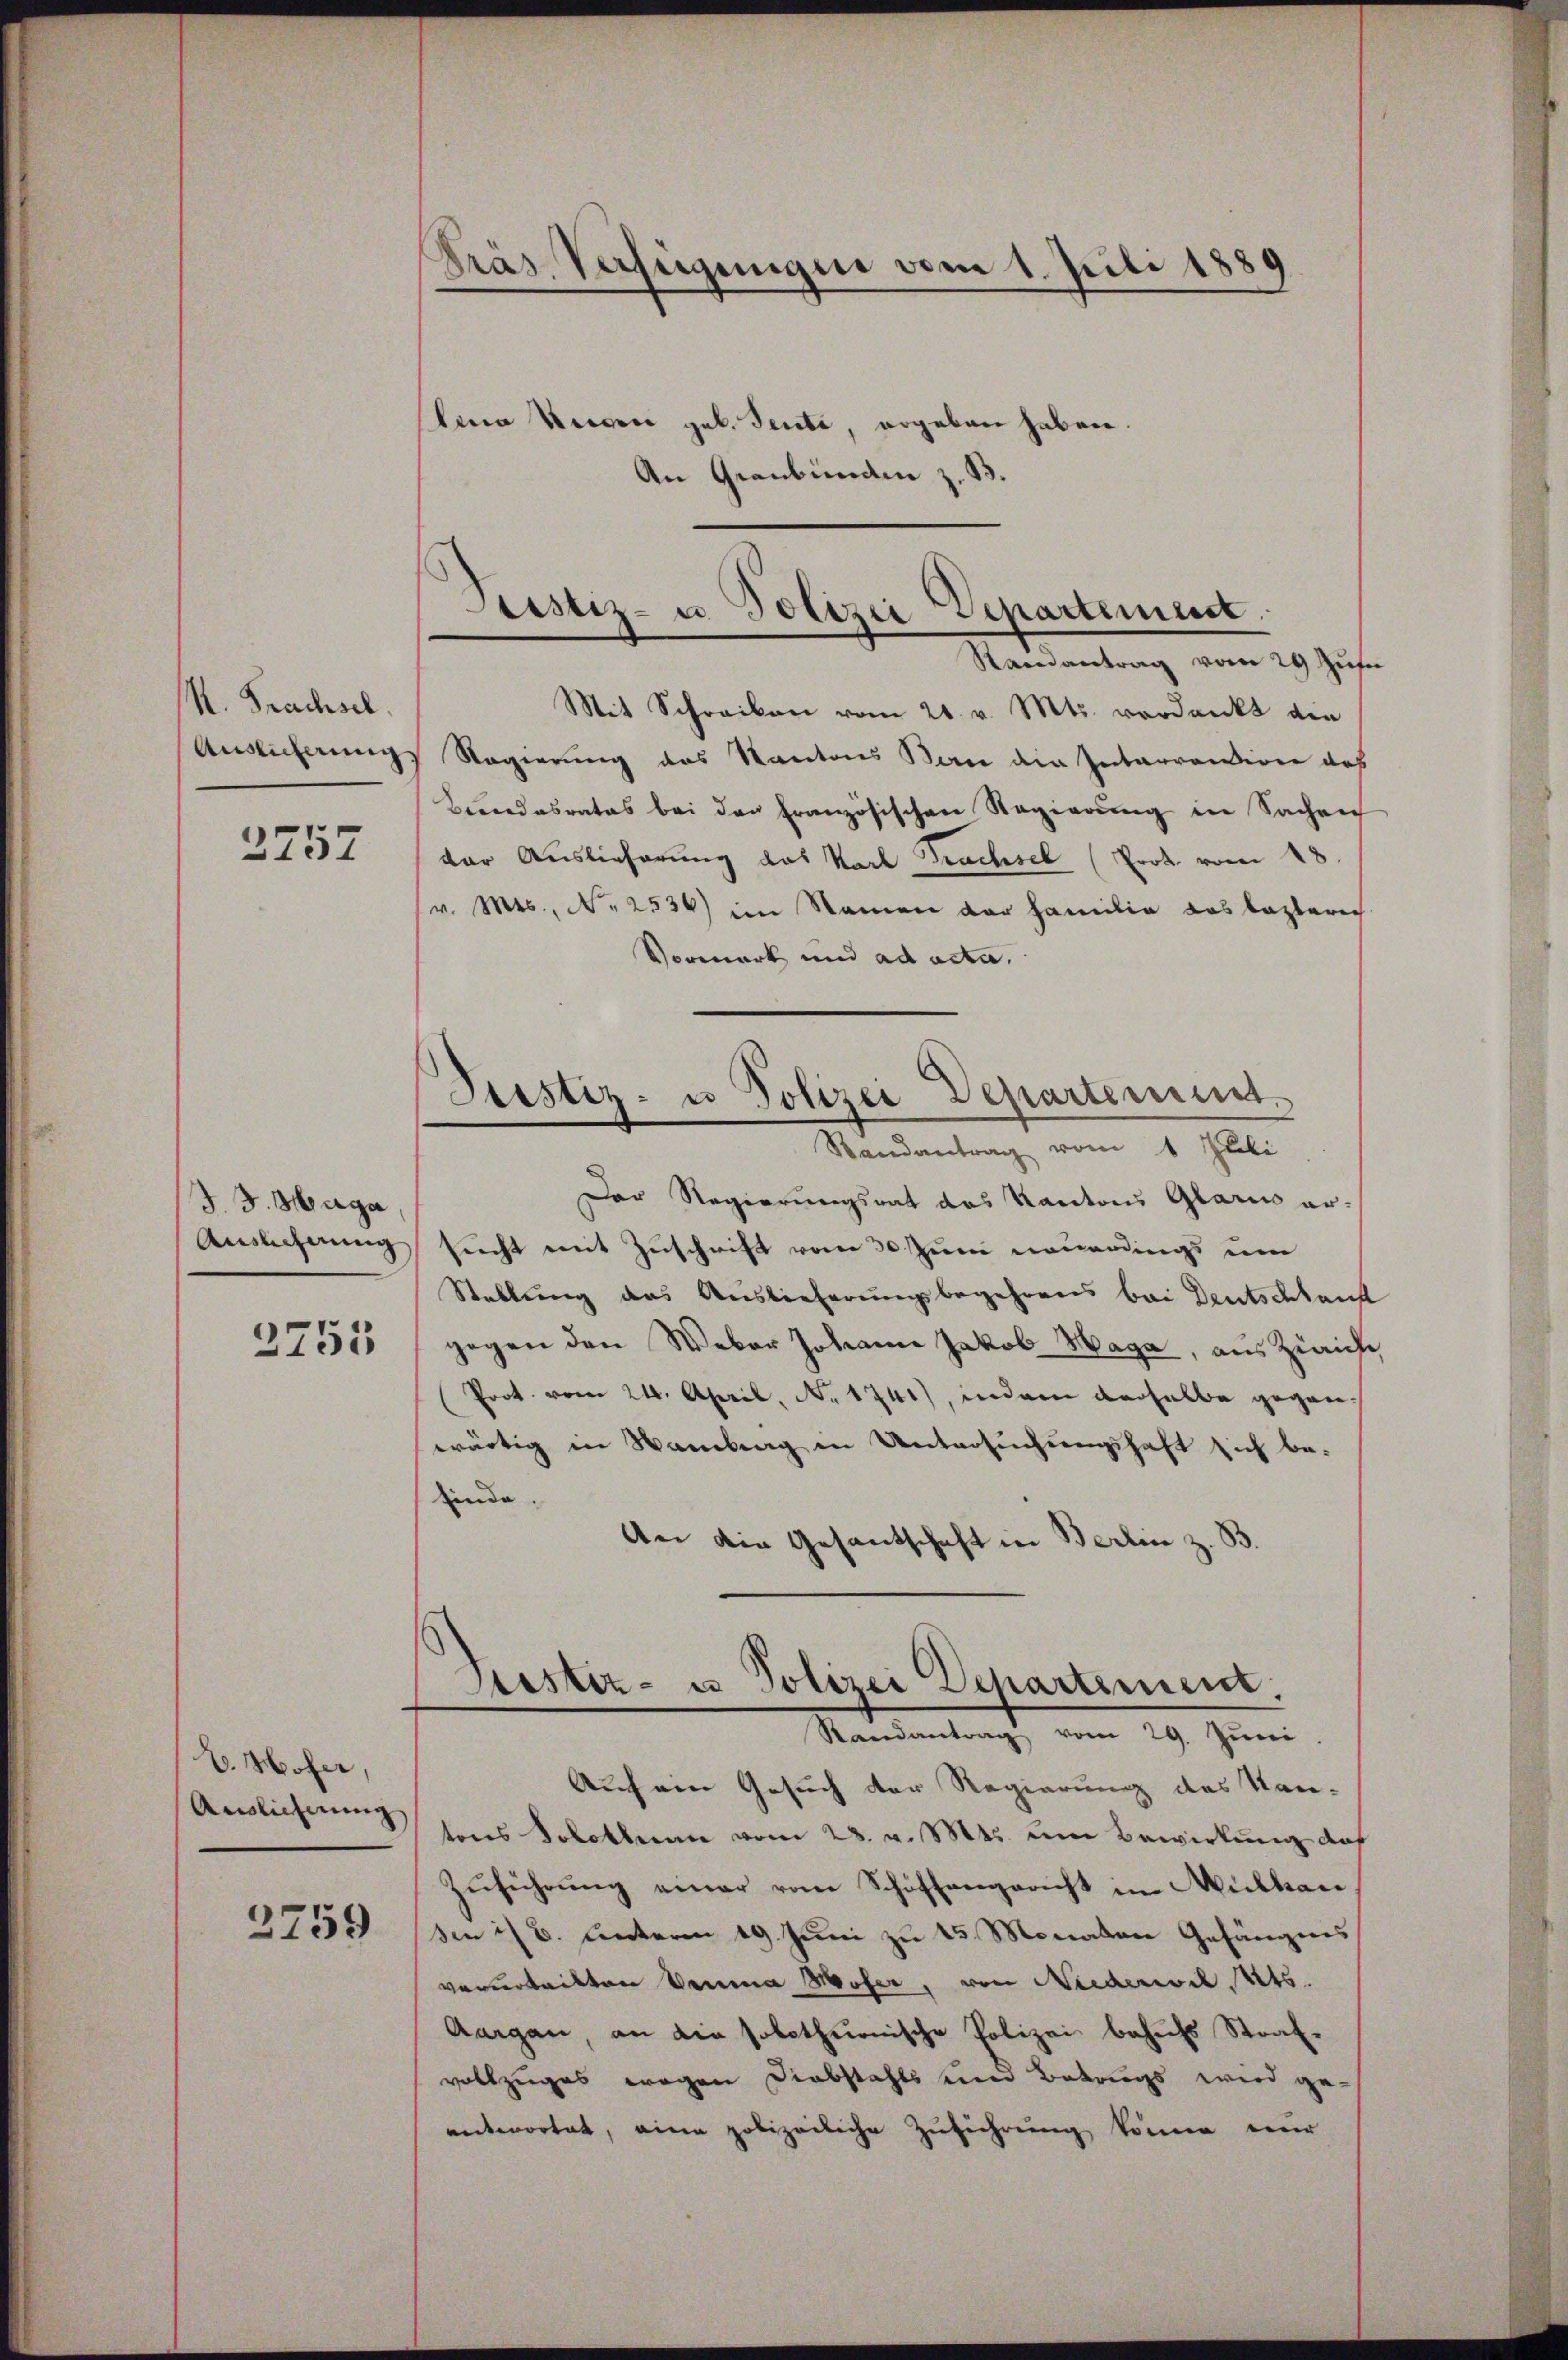
H. Prachsel.
Auslicherung

2757

J. J. Haga
Auslicherung

2755

V. Hofer,
Arislicherung

3759

Fras Verfügungen vom 1. Juli 1889
lina Riegen geb. Sente, ergeben haben.

An Graubünden z. B.

Justiz- u. Polizei Departement.
Ramantrag vom 29 Zŭfa

Mit Schreiben vom 21. v. Mts. verdankt die
Regierung des Kantons Bern die Interrention des
Bundesrates bei der Französischen Regierung in Sachen
der Auslieferung das Karl Prachsel (Prok. vom 18
(v. Mts., N. 2536) im Namen der Familie das leztere
Vormark und ad acta.
Der Regierungsrat das Kantons Glarus ersucht mit Zuschrift vom 30. Juni neuerdings um
Stellung das Auslieferungsbegehrens bei Deutschkauf
gegen den Weber Johann Jakob Waga, aus Zürich,
Prot. vom 24. April, No. 1741), indem derselbe gegen-
wärtig in Wamberg in Untersuchungshaft sich be-
finde.
An die Gesantschaft in Berlin z. B.
Sistiz- u. Polizei Departement;
Randantrag vom 29. Jŭni.
Auch ein Gesuch der Regierung des Kan-
tons Solothurn vom 23. v. Mts. um Bewirkung des
Zŭführŭng einer vom Schöffangericht in Mülhau
sen ist. unterm 19. Juni zu 45 Monaten Gefängnis
verurteilten Demma Moser, von Niederwil. Mts.
Aargau, an die solothurnische Polizei behufs Strafvollzuges wegen Diebstahls und Betrugs wird ge-
anterortet, eine polizeiliche Zuführung könne nur

Pristiz- u Polizei Departement.
Randantrag vom 1 Juli